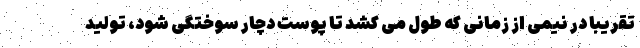
تقریبا در نیمی از زمانی که طول می کشد تا پوست دچار سوختگی شود، تولید